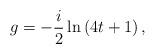
LaTeX: \begin{align*}g=-\frac{i}{2}\ln \left( 4t+1\right),\end{align*}